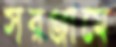
সরঞ্জামে